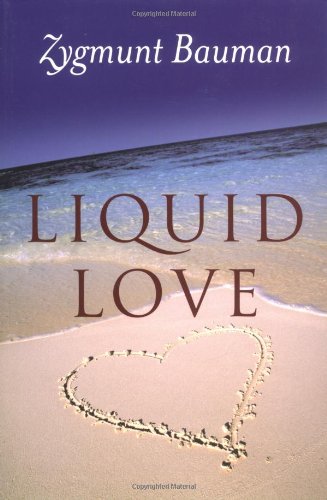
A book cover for Liquid Love: On the Frailty of Human Bonds; Zygmunt Bauman; Politics & Social Sciences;